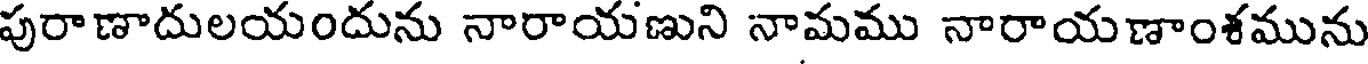
పురాణాదులయందును నారాయణుని నామము నారాయణాంశమును